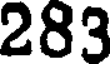
283